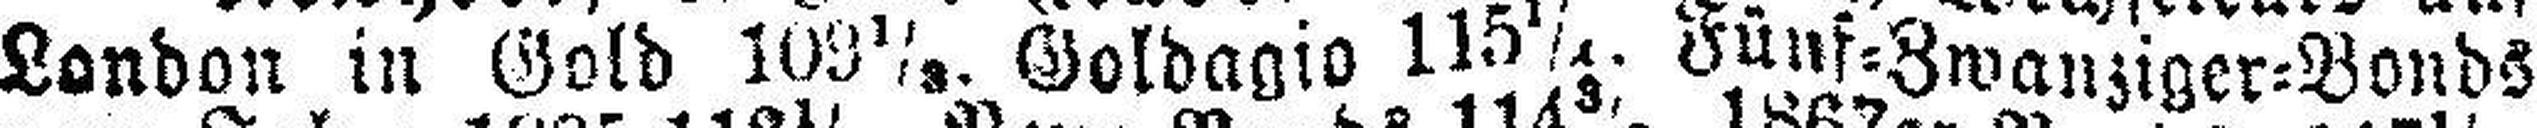
London in Gold 109½. Goldagio 115¼. Fünf=Zwanziger=Bonds